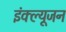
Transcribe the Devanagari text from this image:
इंक्ल्यूजन